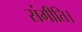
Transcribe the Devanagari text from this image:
संगीति।